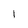
Character: l